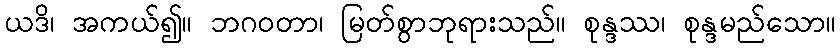
ယဒိ၊ အကယ်၍။ ဘဂဝတာ၊ မြတ်စွာဘုရားသည်။ စုန္ဒဿ၊ စုန္ဒမည်သော။